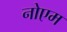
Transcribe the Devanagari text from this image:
नोएम